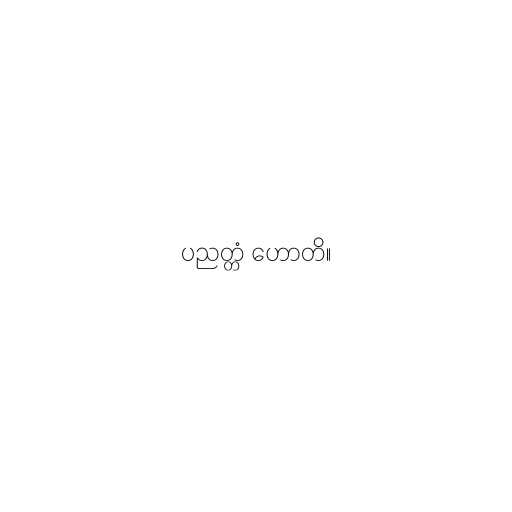
ပညတ္တံ ဟောတိ။